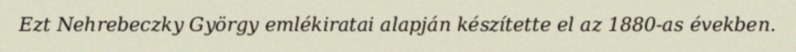
Ezt Nehrebeczky György emlékiratai alapján készítette el az 1880-as években.